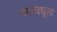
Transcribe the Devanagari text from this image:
नगरवधूला